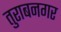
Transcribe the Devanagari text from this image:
तुराबनगर